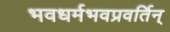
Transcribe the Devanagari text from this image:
भवधर्मभवप्रवर्तिन्